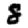
Digit: 8